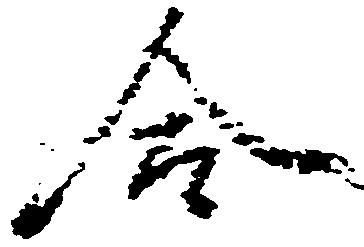
令